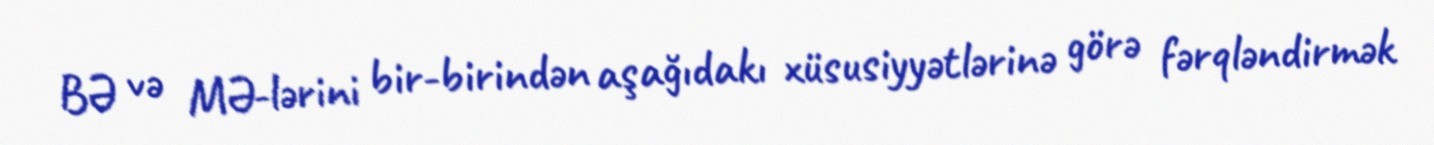
BƏ və MƏ-lərini bir-birindən aşağıdakı xüsusiyyətlərinə görə fərqləndirmək